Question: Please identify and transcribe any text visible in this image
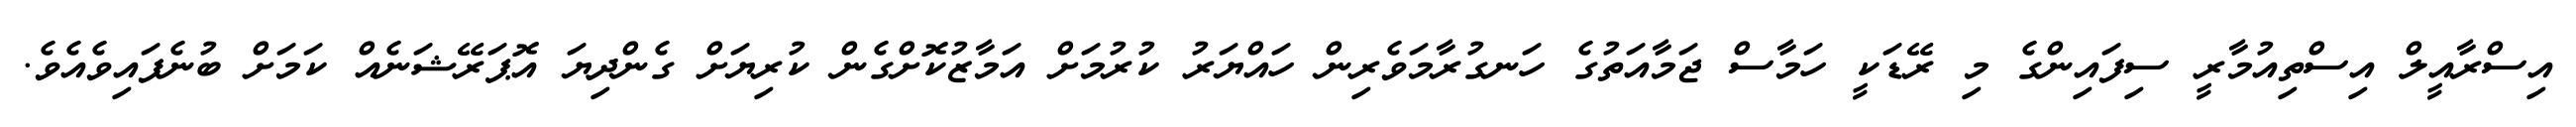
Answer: އިސްރާއީލް އިސްތިއުމާރީ ސިފައިންގެ މި ރޭޑަކީ ހަމާސް ޖަމާއަތުގެ ހަނގުރާމަވެރިން ހައްޔަރު ކުރުމަށް އަމާޒުކޮށްގެން ކުރިޔަށް ގެންދިޔަ އޮޕަރޭޝަނެއް ކަމަށް ބުނެފައިވެއެވެ.